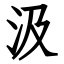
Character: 汲